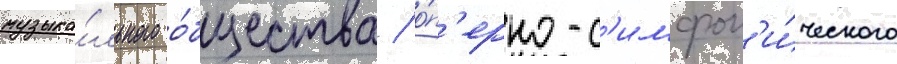
музыка́льного о́бщества / о́п'ерно-с'имфон'и́ческого